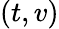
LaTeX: (t,v)